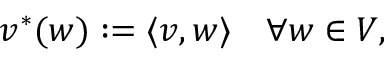
v ^ { * } ( w ) : = \langle v , w \rangle \quad \forall w \in V ,